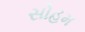
સોહમ